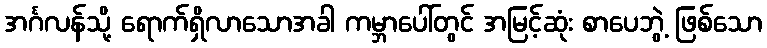
အင်္ဂလန်သို့ ရောက်ရှိလာသောအခါ ကမ္ဘာပေါ်တွင် အမြင့်ဆုံး စာပေဘွဲ့ ဖြစ်သော